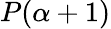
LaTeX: P(\alpha+1)